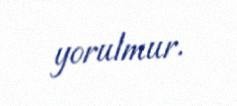
yorulmur.